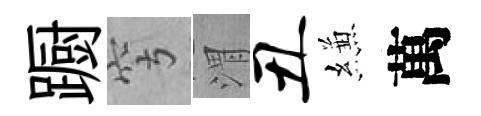
蹰穹渭丑縑萬